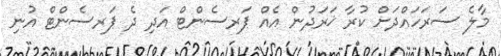
މާލެ ސަރަަހައްދަށް ކުރާ ޚަރަދުން އެއް ޕަރސެންޓް އަދި ދެ ޕަރސެންޓް އުނި